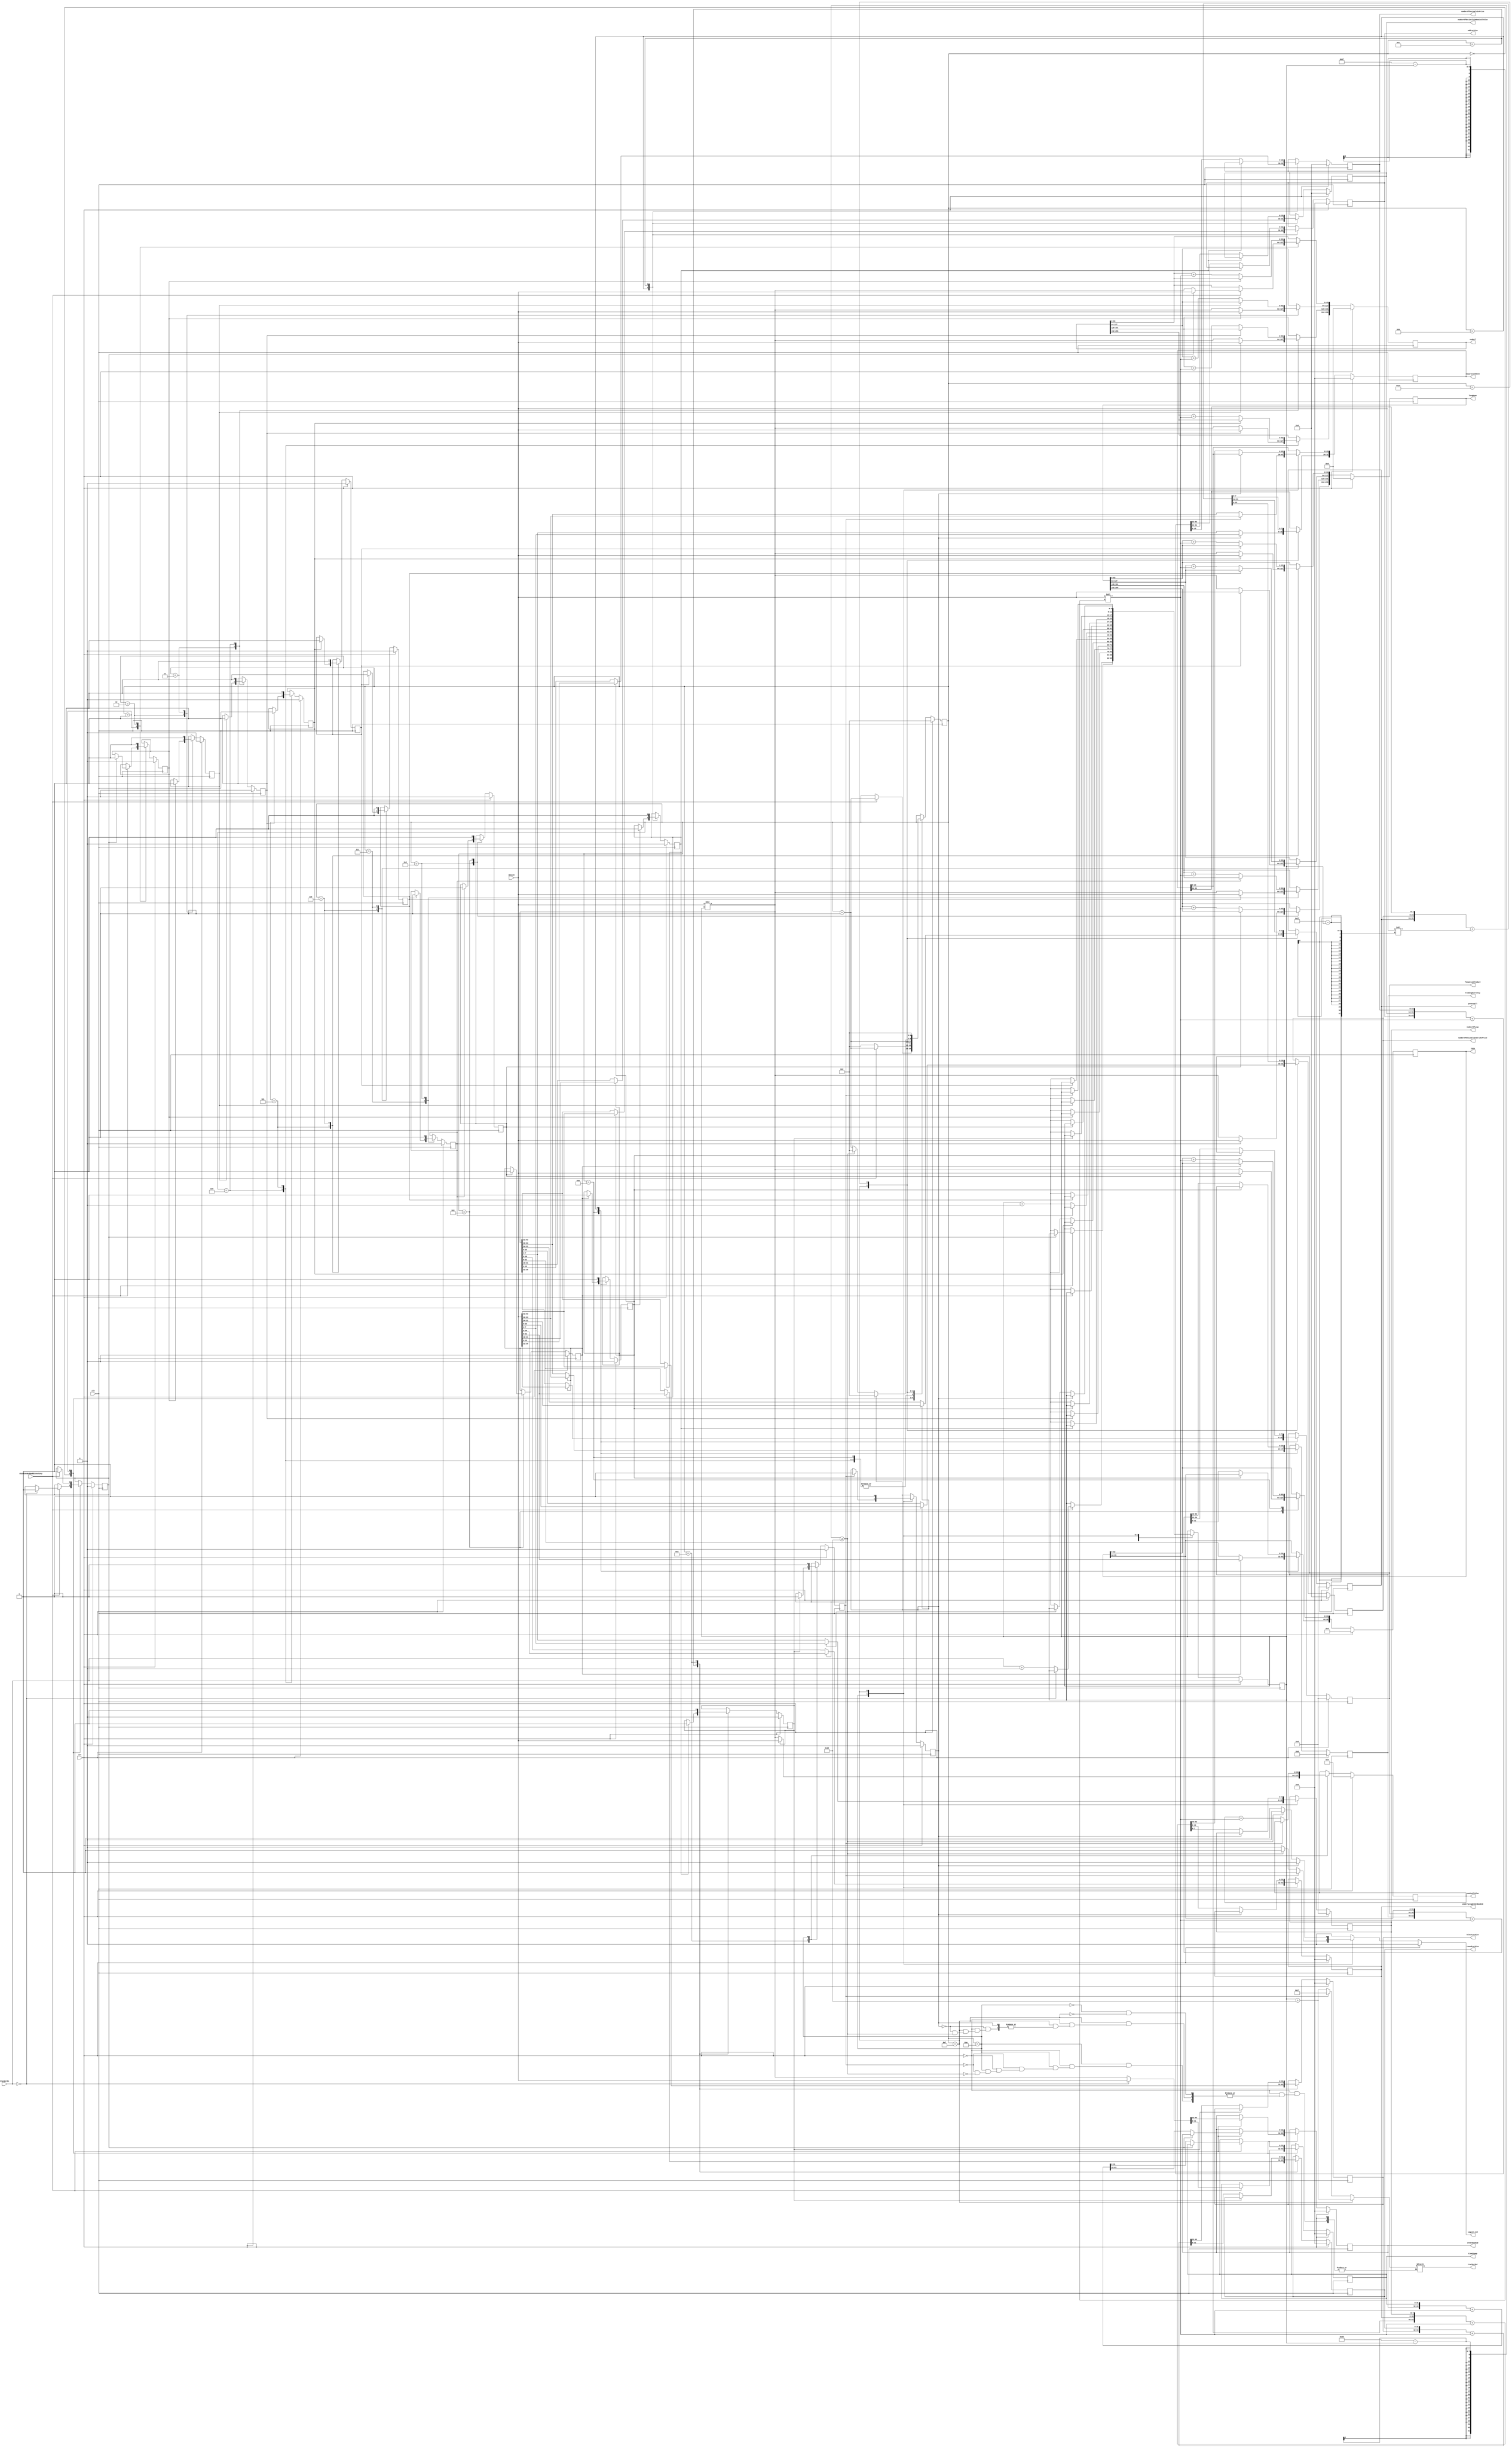
module orderBookDirectoryParser (
    input clk, rst,
    input [63:0] dataIn,
    input startOrderBookDirectory,
    input [5:0] trackerIn,
    output reg signal_end,
    output reg [5:0] trackerOut,
    output reg [31:0] timeStamp,
    output reg [31:0] orderBookID,
    output reg [255:0] symbol,
    output reg [255:0] longName,
    output reg [95:0] ISIN,
    output reg [7:0] financialProduct,
    output reg [23:0] tradingCurrency,
    output reg [15:0] numberOfDecimalsInPrice,
    output reg [15:0] numberOfDecimalsInNominalValue,
    output reg [31:0] oddLotSize,
    output reg [31:0] roundLotSize,
    output reg [31:0] blockLotSize,
    output reg [63:0] nominalValue,
    output reg [7:0] numberOfLegs,
    output reg [31:0] underlyingOrderBookID,
    output reg [31:0] expirationDate,
    output reg [15:0] numberOfDecimalsInStrikePrice,
    output reg [7:0] putOrCall
);
// transition registers
reg [4:0] counter, counterNext;
reg [5:0] tracker, trackerNext;
// field registers
reg [31:0] timeStampNext;
reg [31:0] orderBookIDNext;
reg [255:0] symbolNext;
reg [255:0] longNameNext;
reg [95:0] ISINNext;
reg [7:0] financialProductNext;
reg [23:0] tradingCurrencyNext;
reg [15:0] numberOfDecimalsInPriceNext;
reg [15:0] numberOfDecimalsInNominalValueNext;
reg [31:0] oddLotSizeNext;
reg [31:0] roundLotSizeNext;
reg [31:0] blockLotSizeNext;
reg [63:0] nominalValueNext;
reg [7:0] numberOfLegsNext;
reg [31:0] underlyingOrderBookIDNext;
reg [31:0] expirationDateNext;
reg [15:0] numberOfDecimalsInStrikePriceNext;
reg [7:0] putOrCallNext;
// valid registers
reg timeStampValid, timeStampValidNext;
reg orderBookIDValid, orderBookIDValidNext;
reg symbolValid1, symbolValid1Next, symbolValid2, symbolValid2Next, symbolValid3, symbolValid3Next, symbolValid4, symbolValid4Next;
reg longNameValid1, longNameValid1Next, longNameValid2, longNameValid2Next, longNameValid3, longNameValid3Next, longNameValid4, longNameValid4Next;
reg ISINValid1, ISINValid1Next, ISINValid2, ISINValid2Next;
reg financialProductValid, financialProductValidNext;
reg tradingCurrencyValid, tradingCurrencyValidNext;
reg numberOfDecimalsInPriceValid, numberOfDecimalsInPriceValidNext;
reg numberOfDecimalsInNominalValueValid, numberOfDecimalsInNominalValueValidNext;
reg oddLotSizeValid, oddLotSizeValidNext;
reg roundLotSizeValid, roundLotSizeValidNext;
reg blockLotSizeValid, blockLotSizeValidNext;
reg nominalValueValid, nominalValueValidNext;
reg numberOfLegsValid, numberOfLegsValidNext;
reg underlyingOrderBookIDValid, underlyingOrderBookIDValidNext;
reg expirationDateValid, expirationDateValidNext;
reg numberOfDecimalsInStrikePriceValid, numberOfDecimalsInStrikePriceValidNext;
reg putOrCallValid, putOrCallValidNext;

always @(posedge clk) begin
    // transition registers
    tracker <= trackerNext;
    counter <= counterNext;
    // field registers
    timeStamp <= timeStampNext;
    orderBookID <= orderBookIDNext;
    symbol <= symbolNext;
    longName <= longNameNext;
    ISIN <= ISINNext;
    financialProduct <= financialProductNext;
    tradingCurrency <= tradingCurrencyNext;
    numberOfDecimalsInPrice <= numberOfDecimalsInPriceNext;
    numberOfDecimalsInNominalValue <= numberOfDecimalsInNominalValueNext;
    oddLotSize <= oddLotSizeNext;
    roundLotSize <= roundLotSizeNext;
    blockLotSize <= blockLotSizeNext;
    nominalValue <= nominalValueNext;
    numberOfLegs <= numberOfLegsNext;
    underlyingOrderBookID <= underlyingOrderBookIDNext;
    expirationDate <= expirationDateNext;
    numberOfDecimalsInStrikePrice <= numberOfDecimalsInStrikePriceNext;
    putOrCall <= putOrCallNext;
    // valid registers
    timeStampValid <= timeStampValidNext;
    orderBookIDValid <= orderBookIDValidNext;
    symbolValid1 <= symbolValid1Next;
    symbolValid2 <= symbolValid2Next;
    symbolValid3 <= symbolValid3Next;
    symbolValid4 <= symbolValid4Next;
    longNameValid1 <= longNameValid1Next;
    longNameValid2 <= longNameValid2Next;
    longNameValid3 <= longNameValid3Next;
    longNameValid4 <= longNameValid4Next;
    ISINValid1 <= ISINValid1Next;
    ISINValid2 <= ISINValid2Next;
    financialProductValid <= financialProductValidNext;
    tradingCurrencyValid <= tradingCurrencyValidNext;
    numberOfDecimalsInPriceValid <= numberOfDecimalsInPriceValidNext;
    numberOfDecimalsInNominalValueValid <= numberOfDecimalsInNominalValueValidNext;
    oddLotSizeValid <= oddLotSizeValidNext;
    roundLotSizeValid <= roundLotSizeValidNext;
    blockLotSizeValid <= blockLotSizeValidNext;
    nominalValueValid <= nominalValueValidNext;
    numberOfLegsValid <= numberOfLegsValidNext;
    underlyingOrderBookIDValid <= underlyingOrderBookIDValidNext;
    expirationDateValid <= expirationDateValidNext;
    numberOfDecimalsInStrikePriceValid <= numberOfDecimalsInStrikePriceValidNext;
    putOrCallValid <= putOrCallValidNext;
end

always @* begin
    // transition registers
    trackerNext = tracker;
    counterNext = counter;
    signal_end = 0;
    // field registers
    timeStampNext = timeStamp;
    orderBookIDNext = orderBookID;
    symbolNext = symbol;
    longNameNext = longName;
    ISINNext = ISIN;
    financialProductNext = financialProduct;
    tradingCurrencyNext = tradingCurrency;
    numberOfDecimalsInPriceNext = numberOfDecimalsInPrice;
    numberOfDecimalsInNominalValueNext = numberOfDecimalsInNominalValue;
    oddLotSizeNext = oddLotSize;
    roundLotSizeNext = roundLotSize;
    blockLotSizeNext = blockLotSize;
    nominalValueNext = nominalValue;
    numberOfLegsNext = numberOfLegs;
    underlyingOrderBookIDNext = underlyingOrderBookID;
    expirationDateNext = expirationDate;
    numberOfDecimalsInStrikePriceNext = numberOfDecimalsInStrikePrice;
    putOrCallNext = putOrCall;
    // valid registers
    timeStampValidNext = timeStampValid;
    orderBookIDValidNext = orderBookIDValid;
    symbolValid1Next = symbolValid1;
    symbolValid2Next = symbolValid2;
    symbolValid3Next = symbolValid3;
    symbolValid4Next = symbolValid4;
    longNameValid1Next = longNameValid1;
    longNameValid2Next = longNameValid2;
    longNameValid3Next = longNameValid3;
    longNameValid4Next = longNameValid4;
    ISINValid1Next = ISINValid1;
    ISINValid2Next = ISINValid2;
    financialProductValidNext = financialProductValid;
    tradingCurrencyValidNext = tradingCurrencyValid;
    numberOfDecimalsInPriceValidNext = numberOfDecimalsInPriceValid;
    numberOfDecimalsInNominalValueValidNext = numberOfDecimalsInNominalValueValid;
    oddLotSizeValidNext = oddLotSizeValid;
    roundLotSizeValidNext = roundLotSizeValid;
    blockLotSizeValidNext = blockLotSizeValid;
    nominalValueValidNext = nominalValueValid;
    numberOfLegsValidNext = numberOfLegsValid;
    underlyingOrderBookIDValidNext = underlyingOrderBookIDValid;
    expirationDateValidNext = expirationDateValid;
    numberOfDecimalsInStrikePriceValidNext = numberOfDecimalsInStrikePriceValid;
    putOrCallValidNext = putOrCallValid;

    if(rst) begin
        // transition registers
        trackerNext = trackerIn;
        counterNext = 0;
        signal_end = 0;
        // field registers
        timeStampNext = 32'h0;
        orderBookIDNext = 32'h0;
        symbolNext = 256'h0;
        longNameNext = 256'h0;
        ISINNext = 96'h0;
        financialProductNext = 8'h0;
        tradingCurrencyNext = 24'h0;
        numberOfDecimalsInPriceNext = 16'h0;
        numberOfDecimalsInNominalValueNext = 16'h0;
        oddLotSizeNext = 32'h0;
        roundLotSizeNext = 32'h0;
        blockLotSizeNext = 32'h0;
        nominalValueNext = 64'h0;
        numberOfLegsNext = 8'h0;
        underlyingOrderBookIDNext = 32'h0;
        expirationDateNext = 32'h0;
        numberOfDecimalsInStrikePriceNext = 16'h0;
        putOrCallNext = 8'h0;
        // valid registers
        timeStampValidNext = 0;
        orderBookIDValidNext = 0;
        symbolValid1Next = 0;
        symbolValid2Next = 0;
        symbolValid3Next = 0;
        symbolValid4Next = 0;
        longNameValid1Next = 0;
        longNameValid2Next = 0;
        longNameValid3Next = 0;
        longNameValid4Next = 0;
        ISINValid1Next = 0;
        ISINValid2Next = 0;
        financialProductValidNext = 0;
        tradingCurrencyValidNext = 0;
        numberOfDecimalsInPriceValidNext = 0;
        numberOfDecimalsInNominalValueValidNext = 0;
        oddLotSizeValidNext = 0;
        roundLotSizeValidNext = 0;
        blockLotSizeValidNext = 0;
        nominalValueValidNext = 0;
        numberOfLegsValidNext = 0;
        underlyingOrderBookIDValidNext = 0;
        expirationDateValidNext = 0;
        numberOfDecimalsInStrikePriceValidNext = 0;
        putOrCallValidNext = 0;
    end
    else begin
        case (counter)
            0: begin
                if(startOrderBookDirectory) begin
                    if(trackerIn == 0) begin
                        {orderBookIDNext, timeStampNext} = dataIn;
                        timeStampValidNext = 1;
                        orderBookIDValidNext = 1;
                    end
                    else begin
                        {orderBookIDNext, timeStampNext} = dataIn >> tracker;
                        trackerNext = trackerIn + 64;
                    end
                    counterNext = counter + 1;
                end
            end
            1: begin
                if(startOrderBookDirectory) begin
                    if(orderBookIDValid) begin
                        symbolNext[63:0] = dataIn;
                        symbolValid1Next = 1;
                    end
                    else begin
                        {orderBookIDNext, timeStampNext} = {orderBookID, timeStamp} + (dataIn << (64-1-tracker));
                        timeStampValidNext = 1;
                        orderBookIDValidNext = 1;
                        symbolNext[63:0] = dataIn >> tracker;
                        trackerNext = tracker + 64;
                    end
                    counterNext = counter + 1;
                end
                else begin
                    counterNext = 0;
                end
            end 
            2: begin
                if(symbolValid1) begin
                    symbolNext[127:64] = dataIn;
                    symbolValid2Next = 1;
                end
                else begin
                    symbolNext[63:0] = symbol[63:0] + (dataIn << (64-1-tracker));
                    symbolValid1Next = 1;
                    symbolNext[127:64] = dataIn >> tracker;
                    trackerNext = tracker + 64;
                end
                counterNext = counter + 1;
            end
            3: begin
                if(symbolValid2) begin
                    symbolNext[191:128] = dataIn;
                    symbolValid3Next = 1;
                end
                else begin
                    symbolNext[127:64] = symbol[127:64] + (dataIn << (64-1-tracker));
                    symbolValid2Next = 1;
                    symbolNext[191:128] = dataIn >> tracker;
                    trackerNext = tracker + 64;
                end
                counterNext = counter + 1;
            end
            4: begin
                if(symbolValid3) begin
                    symbolNext[255:192] = dataIn;
                    symbolValid4Next = 1;
                end
                else begin
                    symbolNext[191:128] = symbol[191:128] + (dataIn << (64-1-tracker));
                    symbolValid3Next = 1;
                    symbolNext[255:192] = dataIn >> tracker;
                    trackerNext = tracker + 64;
                end
                counterNext = counter + 1;
            end
            5: begin
                if(symbolValid4) begin
                    longNameNext[63:0] = dataIn;
                    longNameValid1Next = 1;
                end
                else begin
                    symbolNext[255:192] = symbol[255:192] + (dataIn << (64-1-tracker));
                    symbolValid4Next = 1;
                    longNameNext[63:0] = dataIn >> tracker;
                    trackerNext = tracker + 64;
                end
                counterNext = counter + 1;
            end
            6: begin
                if (longNameValid1) begin
                    longNameNext[127:64] = dataIn;
                    longNameValid2Next = 1;
                end
                else begin
                    longNameNext[63:0] = longName[63:0] + (dataIn << (64-1-tracker));
                    longNameValid1Next = 1;
                    longNameNext[127:64] = dataIn >> tracker;
                    trackerNext = tracker + 64;
                end
                counterNext = counter + 1;
            end
            7: begin
                if (longNameValid2) begin
                    longNameNext[191:128] = dataIn;
                    longNameValid3Next = 1;
                end
                else begin
                    longNameNext[127:64] = longName[127:64] + (dataIn << (64-1-tracker));
                    longNameValid2Next = 1;
                    longNameNext[191:128] = dataIn >> tracker;
                    trackerNext = tracker + 64;
                end
                counterNext = counter + 1;
            end
            8: begin
                if (longNameValid3) begin
                    longNameNext[255:192] = dataIn;
                    longNameValid4Next = 1;
                end
                else begin
                    longNameNext[191:128] = longName[191:128] + (dataIn << (64-1-tracker));
                    longNameValid3Next = 1;
                    longNameNext[255:192] = dataIn >> tracker;
                    trackerNext = tracker + 64;
                end
                counterNext = counter + 1;
            end
            9: begin
                if (longNameValid4) begin
                    ISINNext[63:0] = dataIn;
                    ISINValid1Next = 1;
                end
                else begin
                    longNameNext[255:192] = longName[255:192] + (dataIn << (64-1-tracker));
                    longNameValid4Next = 1;
                    ISINNext[63:0] = dataIn >> tracker;
                    trackerNext = tracker + 64;
                end
                counterNext = counter + 1;
            end
            10: begin
                if(ISINValid1) begin
                    ISINNext[95:64] = dataIn[31:0];
                    ISINValid2Next = 1;
                    financialProductNext = dataIn[39:32];
                    financialProductValidNext = 1;
                    tradingCurrencyNext = dataIn[63:40];
                    tradingCurrencyValidNext = 1;
                end
                else begin
                    ISINNext[63:0] = ISIN[63:0] + (dataIn << (64-1-tracker));
                    {tradingCurrencyNext, financialProductNext, ISINNext[95:64]} = dataIn >> tracker; //might have to come up w sth else.
                    trackerNext = tracker + 64;
                end
                counterNext = counter + 1;
            end
            11: begin
                if(tradingCurrencyValid) begin
                    numberOfDecimalsInPriceNext = dataIn[15:0];
                    numberOfDecimalsInPriceValidNext = 1;
                    numberOfDecimalsInNominalValueNext = dataIn[31:16];
                    numberOfDecimalsInNominalValueValidNext = 1;
                    oddLotSizeNext = dataIn[63:32];
                    oddLotSizeValidNext = 1;
                end
                else begin
                    {tradingCurrencyNext, financialProductNext, ISINNext[95:64]} = {tradingCurrency, financialProduct, ISIN[95:64]} + (dataIn << (64-1-tracker));
                    ISINValid2Next = 1;
                    financialProductValidNext = 1;
                    tradingCurrencyValidNext = 1;
                    {oddLotSizeNext, numberOfDecimalsInNominalValueNext, numberOfDecimalsInPriceNext} = dataIn >> tracker;
                    trackerNext = tracker + 64;
                end
                counterNext = counter + 1;
            end
            12: begin
                if(oddLotSizeValid) begin
                    roundLotSizeNext = dataIn[31:0];
                    roundLotSizeValidNext = 1;
                    blockLotSizeNext = dataIn[63:32];
                    blockLotSizeValidNext = 1;
                end
                else begin
                    {oddLotSizeNext, numberOfDecimalsInNominalValueNext, numberOfDecimalsInPriceNext} = {oddLotSize, numberOfDecimalsInNominalValue, numberOfDecimalsInPrice} + (dataIn << (64-1-tracker));
                    numberOfDecimalsInPriceValidNext = 1;
                    numberOfDecimalsInNominalValueValidNext = 1;
                    oddLotSizeValidNext = 1;
                    {blockLotSizeNext, roundLotSizeNext} = dataIn >> tracker;
                    trackerNext = tracker + 64;
                end
                counterNext = counter + 1;
            end
            13: begin
                if (blockLotSizeValid) begin
                    nominalValueNext = dataIn;
                    nominalValueValidNext = 1;
                end
                else begin
                    {blockLotSizeNext, roundLotSizeNext} = {blockLotSize, roundLotSize} + (dataIn << (64-1-tracker));
                    roundLotSizeValidNext = 1;
                    blockLotSizeValidNext = 1;
                    nominalValueNext = dataIn >> tracker;
                    trackerNext = tracker + 64;
                end
                counterNext = counter + 1;
            end
            14: begin
                if (nominalValueValid) begin
                    numberOfLegsNext = dataIn[7:0];
                    numberOfLegsValidNext = 1;
                    underlyingOrderBookIDNext = dataIn[39:8];
                    underlyingOrderBookIDValidNext = 1;
                    expirationDateNext[23:0] = dataIn[63:40];
                    //SIGNAL TO END.
                    //TRACKER OUT = 31
                    trackerOut = 31;
                    signal_end = 1;
                end
                else begin
                    nominalValueNext = nominalValue + (dataIn << (64-1-tracker));
                    nominalValueValidNext = 1;
                    {expirationDateNext[23:0], underlyingOrderBookIDNext, numberOfLegsNext} = dataIn >> tracker;
                    trackerNext = tracker + 64;
                    if(64 - tracker >= 32) begin
                        //SIGNAL TO END.
                        //TRACKER OUT = tracker + 64 + 32
                        trackerOut = tracker + 32; 
                        signal_end = 1;
                    end
                end
                counterNext = counter + 1;
            end
            15: begin
                if (underlyingOrderBookIDValid) begin
                    expirationDateNext[31:24] = dataIn[7:0];
                    expirationDateValidNext = 1;
                    numberOfDecimalsInStrikePriceNext = dataIn[23:8];
                    numberOfDecimalsInStrikePriceValidNext = 1;
                    putOrCallNext = dataIn[31:24]; 
                    putOrCallValidNext = 1;
                    counterNext = 0; //go to initial state.
                end
                else begin
                    {expirationDateNext[23:0], underlyingOrderBookIDNext, numberOfLegsNext} = {expirationDate[23:0], underlyingOrderBookID, numberOfLegs} + (dataIn << (64-1-tracker));
                    numberOfLegsValidNext = 1;
                    underlyingOrderBookIDValidNext = 1;
                    if(64 - tracker >= 32) begin
                        {putOrCallNext, numberOfDecimalsInStrikePriceNext, expirationDateNext[31:24]} = dataIn >> tracker;
                        expirationDateValidNext = 1;
                        numberOfDecimalsInStrikePriceValidNext = 1;
                        putOrCallValidNext = 1;
                        counterNext = 0; //go to initial state.
                    end
                    else begin
                        {putOrCallNext, numberOfDecimalsInStrikePriceNext, expirationDateNext[31:24]} = dataIn >> tracker;
                        //SIGNAL TO END.
                        //TRACKER OUT = tracker + 32;
                        trackerNext = tracker + 64;
                        trackerOut = tracker + 32;
                        counterNext = counter + 1;
                        signal_end = 1;
                    end
                end
            end
            16: begin
                {putOrCallNext, numberOfDecimalsInStrikePriceNext, expirationDateNext[31:24]} = {putOrCall, numberOfDecimalsInStrikePrice, expirationDate[31:24]} + (dataIn << (32-1-tracker));
                expirationDateValidNext = 1;
                numberOfDecimalsInStrikePriceValidNext = 1;
                putOrCallValidNext = 1;
                counterNext = 0; //go to initial state.
            end
        endcase
    end
end

endmodule